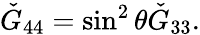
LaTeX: \check{G}_{44}=\sin^{2}\theta\check{G}_{33}.